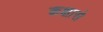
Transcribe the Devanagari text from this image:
कक्षासे